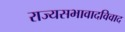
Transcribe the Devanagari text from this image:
राज्यसभावादविवाद